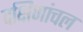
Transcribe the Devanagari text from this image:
दक्षिणांचल